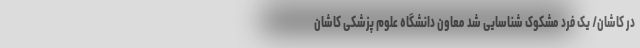
در کاشان/ یک فرد مشکوک شناسایی شد معاون دانشگاه علوم پزشکی کاشان